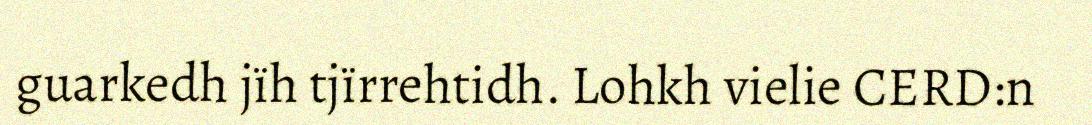
guarkedh jïh tjïrrehtidh. Lohkh vielie CERD:n